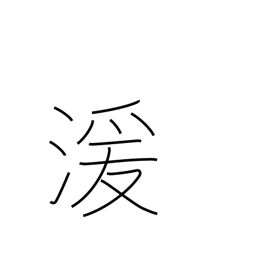
Meaning: flowing water